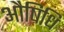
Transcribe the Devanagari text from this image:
औषिधि